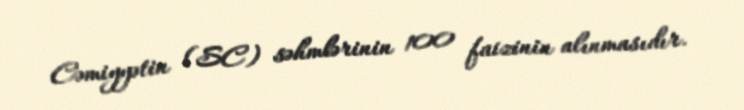
Cəmiyyətin (SC) səhmlərinin 100 faizinin alınmasıdır.